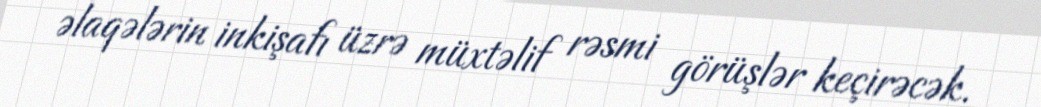
əlaqələrin inkişafı üzrə müxtəlif rəsmi görüşlər keçirəcək.